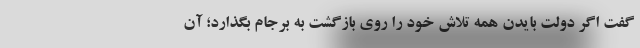
گفت اگر دولت بایدن همه تلاش خود را روی بازگشت به برجام بگذارد؛ آن